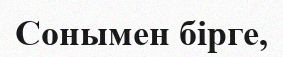
Сонымен бірге,